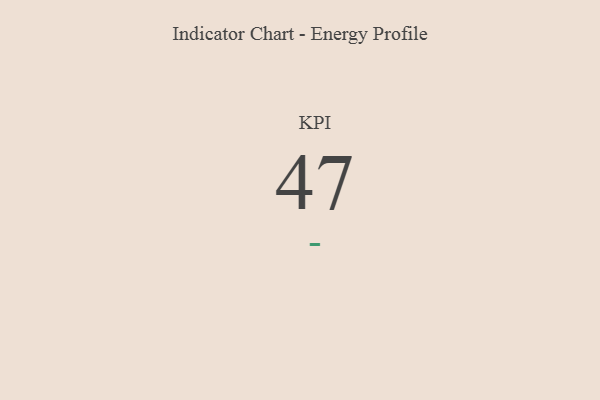
{"axis": {"x": "KPI", "y": "Value"}, "legend": [""], "data": [{"x": "KPI", "y": 47, "type": ""}]}